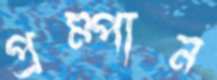
প্রম্পান